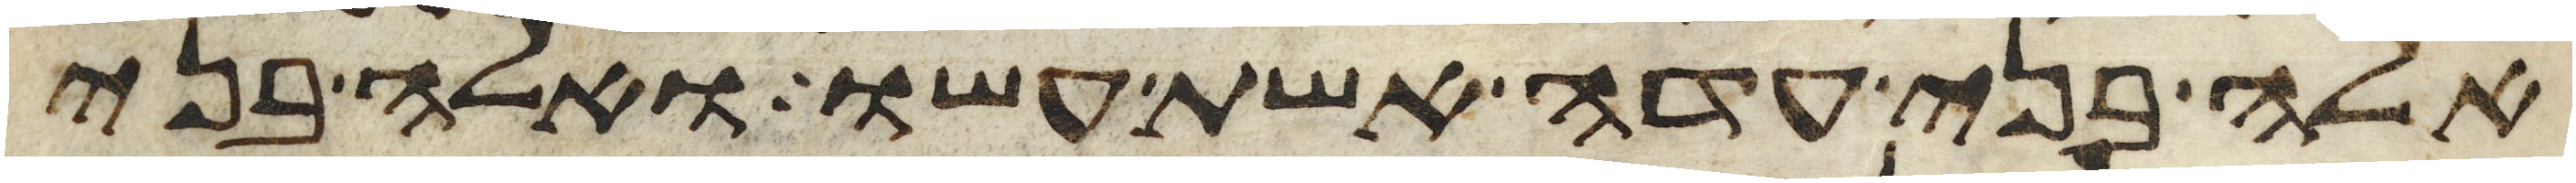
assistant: אלה בני עדה אשת עשו ואלה בני